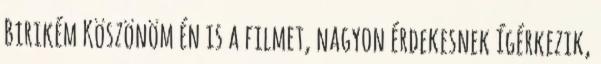
Birikém Köszönöm én is a filmet, nagyon érdekesnek ígérkezik,